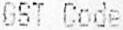
GST CODE